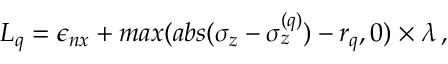
\begin{array} { r } { L _ { q } = \epsilon _ { n x } + m a x ( a b s ( \sigma _ { z } - \sigma _ { z } ^ { ( q ) } ) - r _ { q } , 0 ) \times \lambda \, , } \end{array}